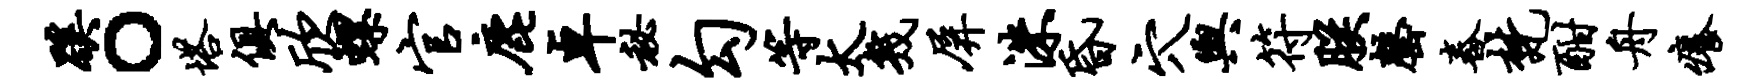
蹊。塔俱欣螺官鹿卓秘勾等太几屏洙昏穴舆符朕罄舂梵酣舟痒